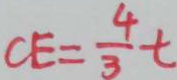
C E = \frac { 4 } { 3 } t